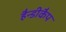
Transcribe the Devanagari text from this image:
हैन्डीकैप